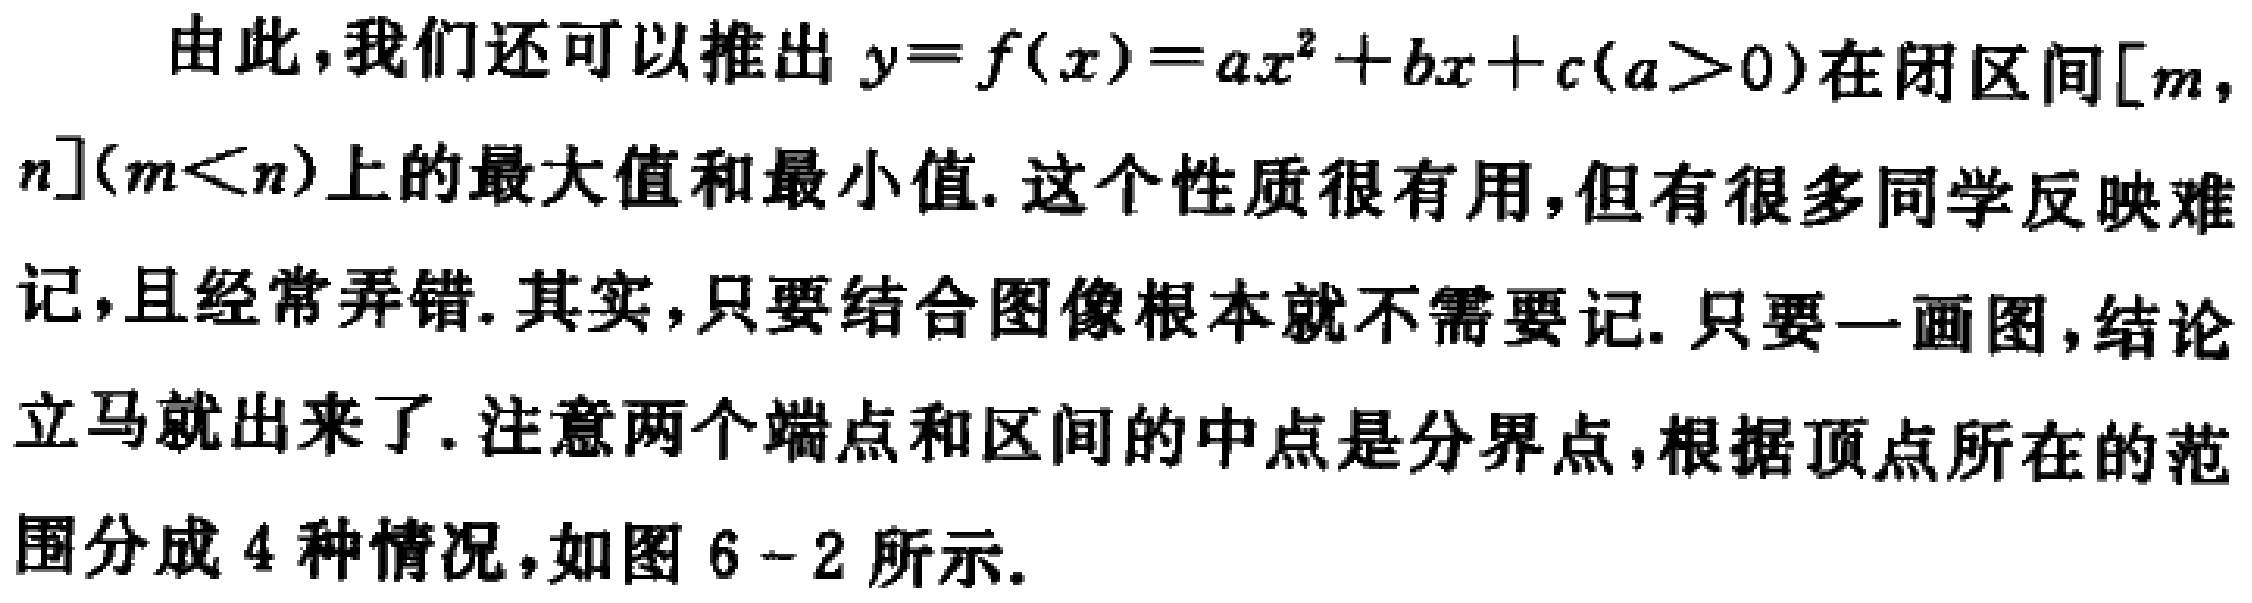
由此，我们还可以推出 \(y = f(x)=ax^{2}+bx + c(a > 0)\)在闭区间\([m,n](m < n)\)上的最大值和最小值. 这个性质很有用,但有很多同学反映难记，且经常弄错. 其实,只要结合图像根本就不需要记. 只要一画图,结论立马就出来了. 注意两个端点和区间的中点是分界点,根据顶点所在的范围分成 4 种情况，如图 6 - 2 所示.